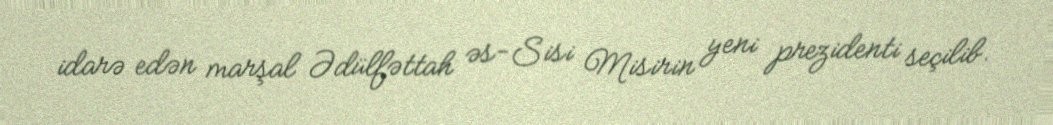
idarə edən marşal Ədülfəttah əs-Sisi Misirin yeni prezidenti seçilib.